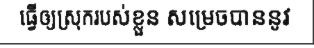
ធ្វើឲ្យស្រុករបស់ខ្លួន សម្រេចបាននូវ